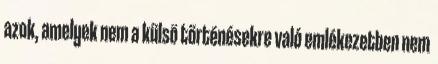
azok, amelyek nem a külsõ történésekre való emlékezetben nem